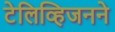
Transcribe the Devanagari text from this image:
टेलिव्हिजनने